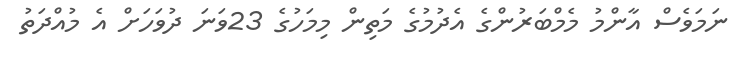
ނަމަވެސް އާންމު މެމްބަރުންގެ އެދުމުގެ މަތިން މިމަހުގެ 23ވަނަ ދުވަހަށް އެ މުއްދަތު